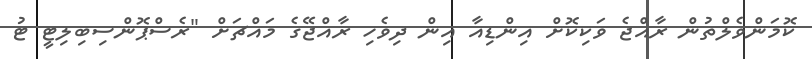
ކޮމަންވެލްތުން ރާއްޖެ ވަކިކޮށް އިންޑިއާ އިން ދިވެހި ރާއްޖޭގެ މައްޗަށް "ރެސްޕޮންސިބިލިޓީ ޓު